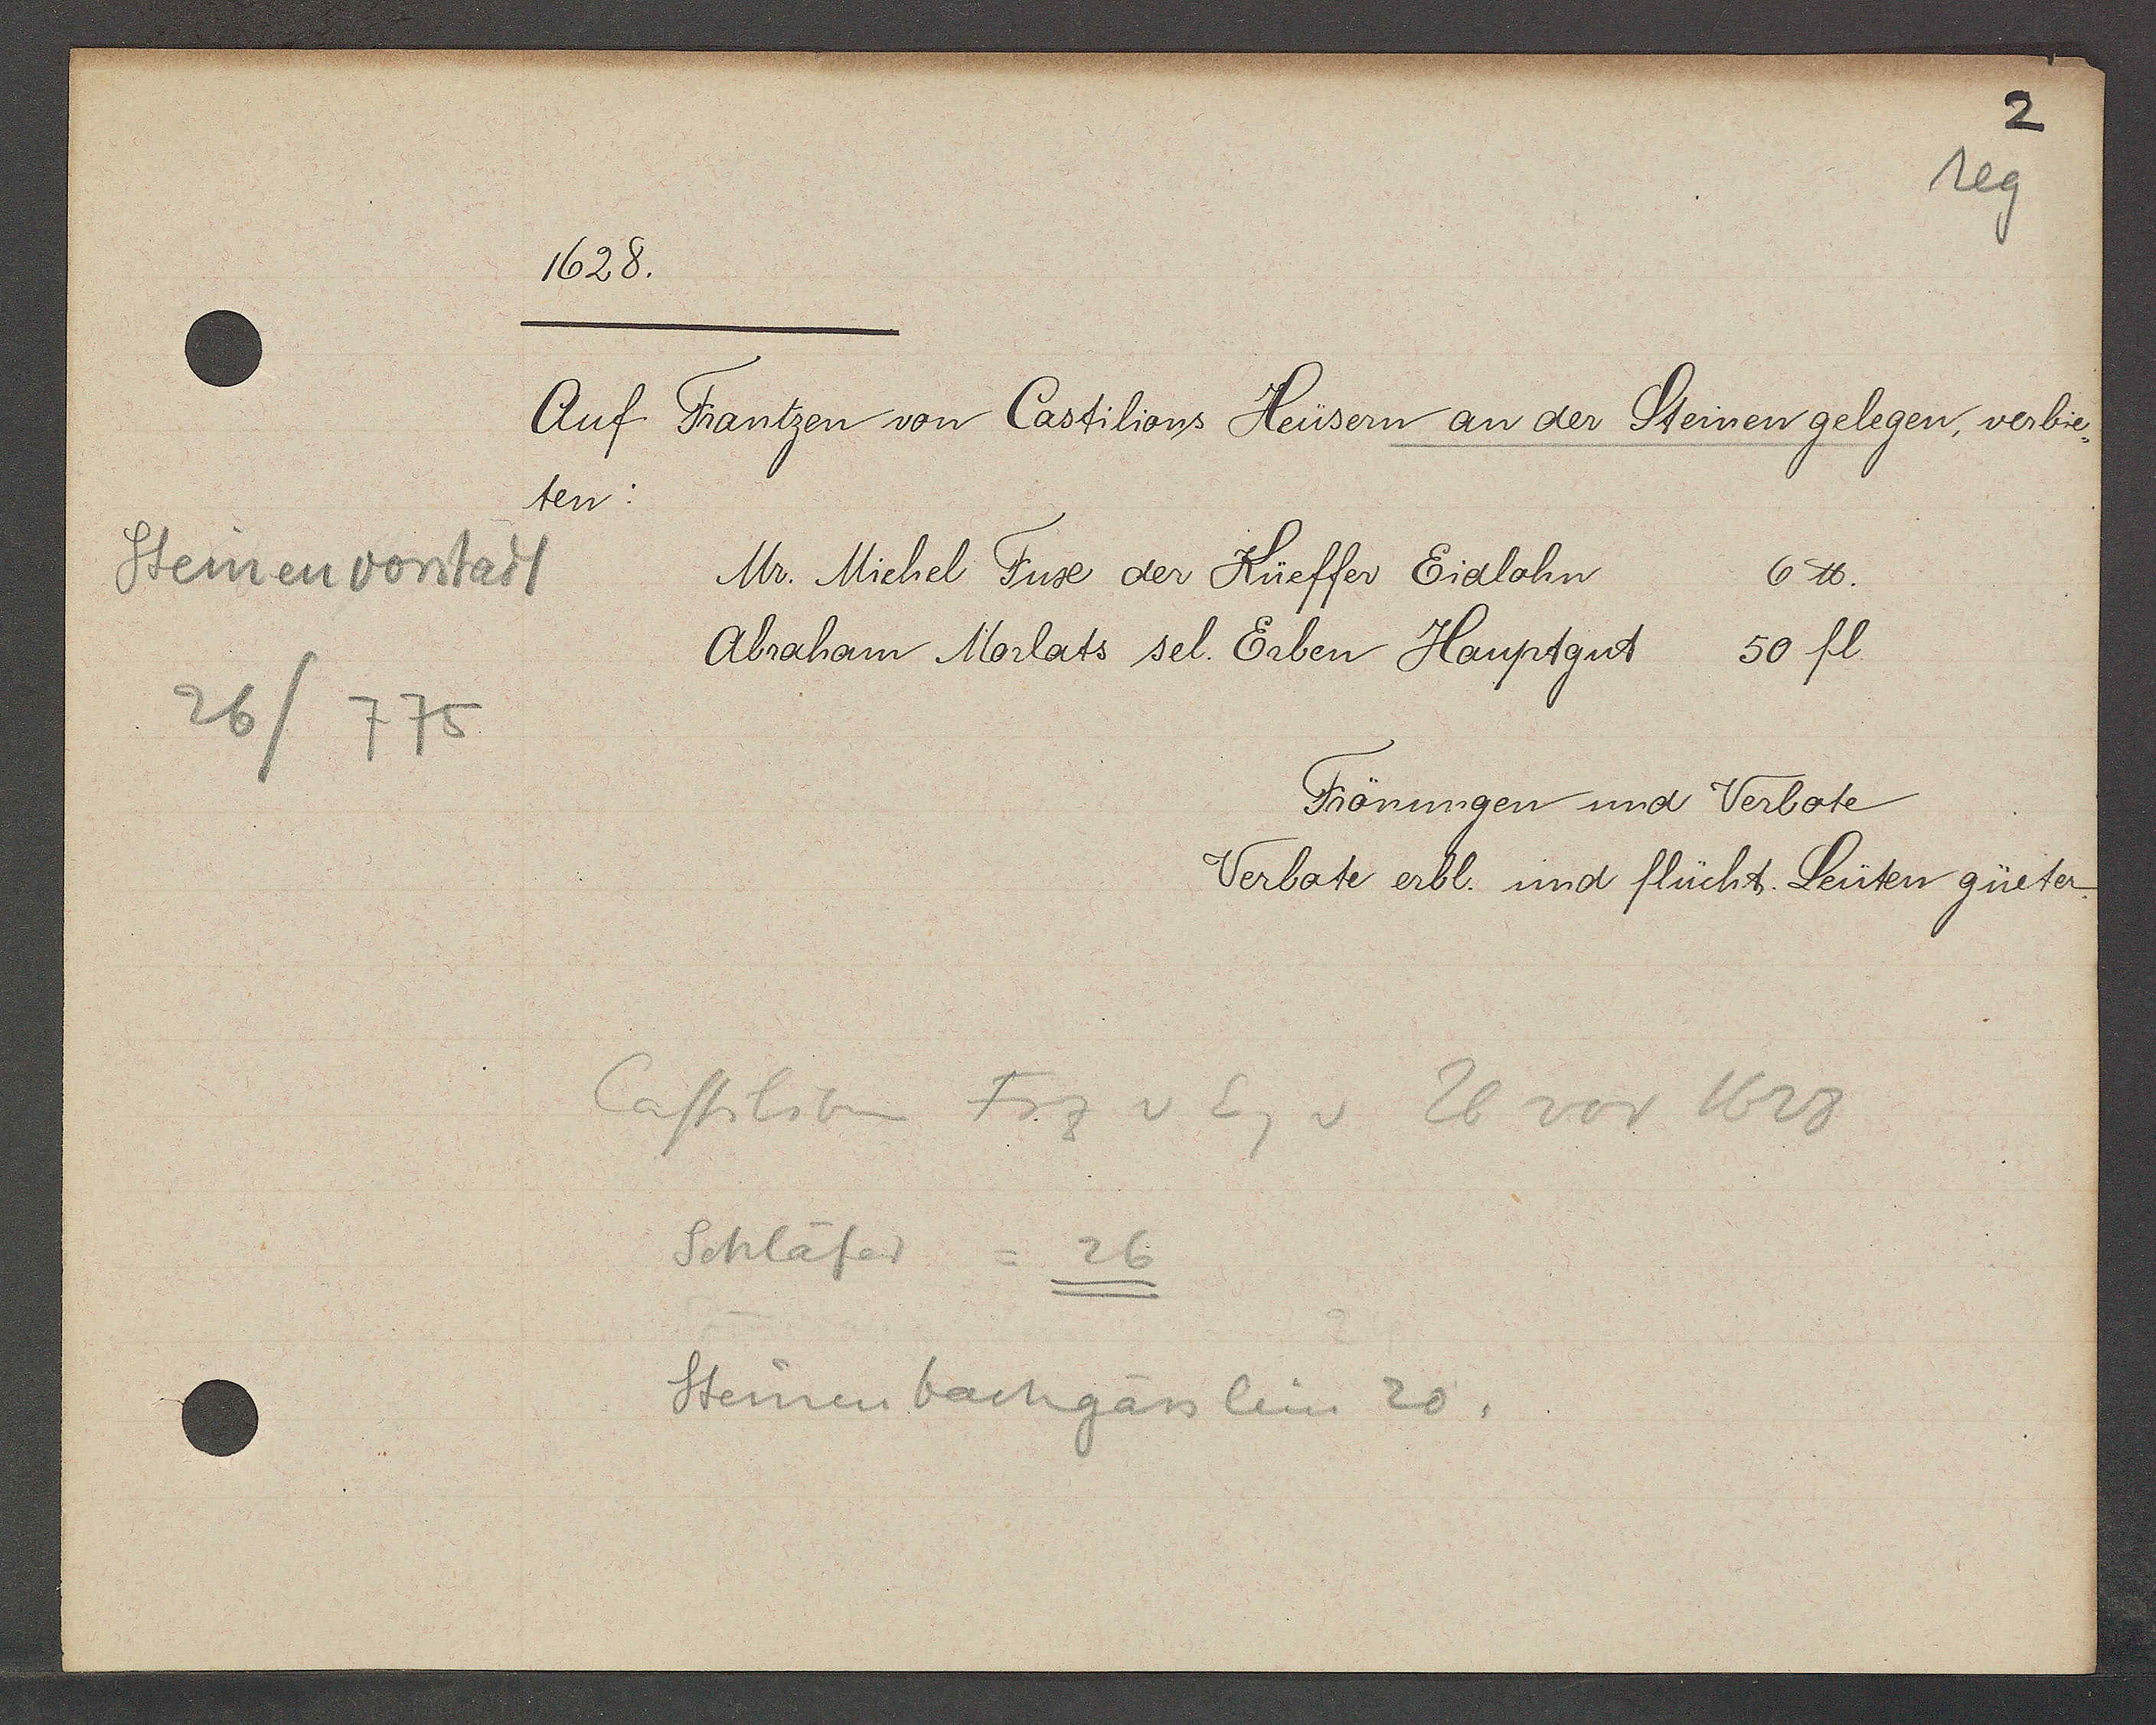
Transcript:
Steinenvorstatt
26/775

1628.

Auf Frantzen von Castilions Heüsern an der Steinen gelegen, verbie¬
ten:
Mr. Michel Fux der Küeffer Eidlohn
6 ℔.
Abraham Morlats sel. Erben Hauptgut 50 fl

Frönungen und Verbote
Verbote erbl. und flücht. Leüten güeter.

Castilion Frz v Eg v 26 vor 1628
Schläfer = 26
Steinenbachgässlein 20.